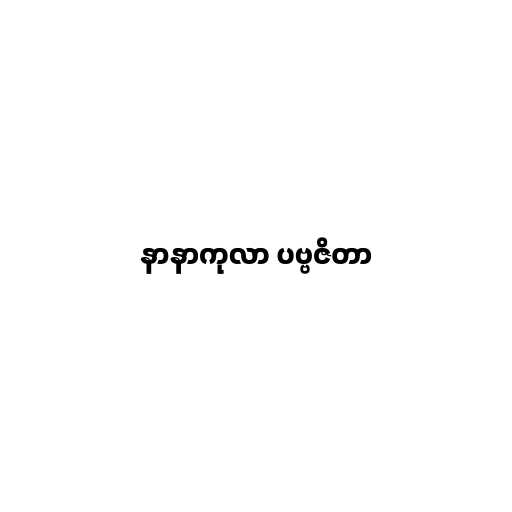
နာနာကုလာ ပဗ္ဗဇိတာ